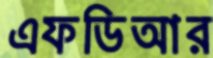
এফডিআর